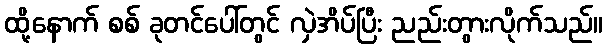
ထို့နောက် စစ် ခုတင်ပေါ်တွင် လှဲအိပ်ပြီး ညည်းတွားလိုက်သည်။